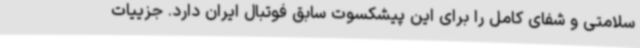
سلامتی و شفای کامل را برای این پیشکسوت سابق فوتبال ایران دارد. جزییات